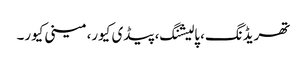
تھریڈنگ، پالیشنگ، پیڈی کیور، مینی کیور۔